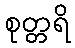
စုတ္တရိ